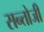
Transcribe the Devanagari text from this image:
सन्तोजी